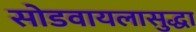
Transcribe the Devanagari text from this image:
सोडवायलासुद्धा